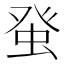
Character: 𤼭